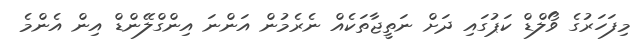
މިފަހަރުގެ ވޯލްޑް ކަޕުގައި ދަށް ނަތީޖާތަކެއް ނެރެމުން އަންނަ އިންގްލޭންޑް އިން އެންމެ